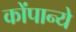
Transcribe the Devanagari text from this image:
कोंपान्ये